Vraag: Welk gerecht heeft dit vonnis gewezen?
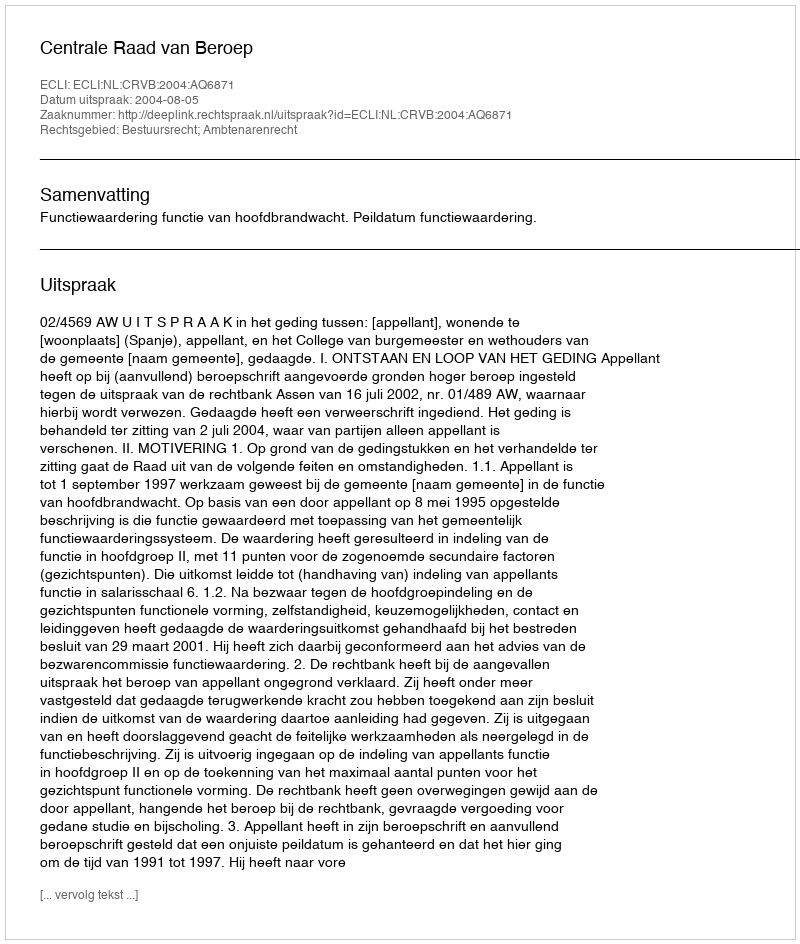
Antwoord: Centrale Raad van Beroep